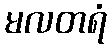
မလတရံ